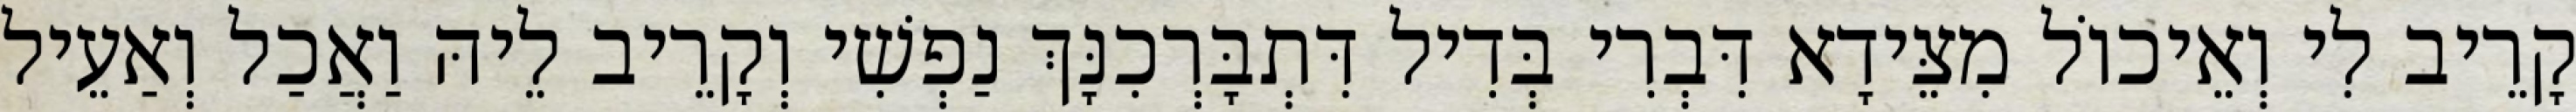
קָרֵיב לִי וְאֵיכוֹל מִצֵּידָא דִּבְרִי בְּדִיל דִּתְבָּרְכִנָּךְ נַפְשִׁי וְקָרֵיב לֵיהּ וַאֲכַל וְאַעֵיל